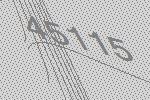
45115